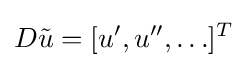
D{\tilde {u}}=[u',u'',\ldots ]^{T}